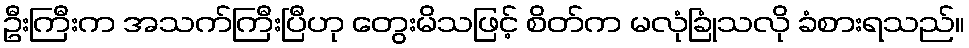
ဦးကြီးက အသက်ကြီးပြီဟု တွေးမိသဖြင့် စိတ်က မလုံခြုံသလို ခံစားရသည်။